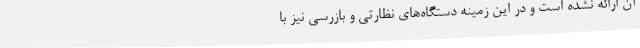
آن ارائه نشده است و در این زمینه دستگاه‌های نظارتی و بازرسی نیز با